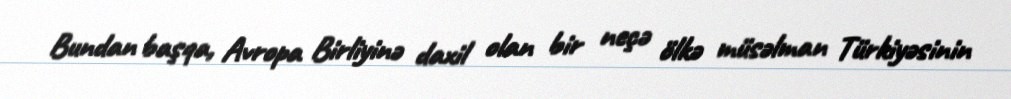
Bundan başqa, Avropa Birliyinə daxil olan bir neçə ölkə müsəlman Türkiyəsinin